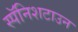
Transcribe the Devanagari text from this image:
स्पॅनिशटाउन